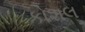
કોશલ